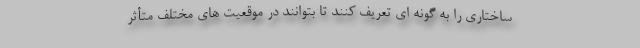
ساختاری را به گونه ای تعریف کنند تا بتوانند در موقعیت های مختلف متأثر